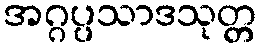
အဂ္ဂပ္ပသာဒသုတ္တ